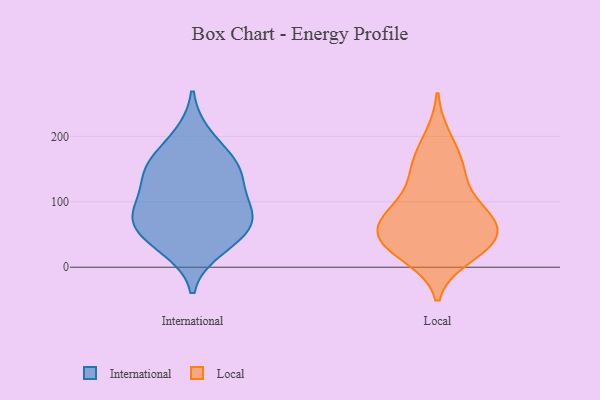
{"axis": {"x": "Customer Acquisition Cost (USD)", "y": "Value"}, "legend": ["International", "Local"], "data": [{"x": "", "y": 156, "type": "International"}, {"x": "", "y": 200, "type": "International"}, {"x": "", "y": 143, "type": "International"}, {"x": "", "y": 78, "type": "International"}, {"x": "", "y": 72, "type": "International"}, {"x": "", "y": 45, "type": "International"}, {"x": "", "y": 136, "type": "International"}, {"x": "", "y": 29, "type": "International"}, {"x": "", "y": 159, "type": "International"}, {"x": "", "y": 92, "type": "International"}, {"x": "", "y": 55, "type": "International"}, {"x": "", "y": 91, "type": "International"}, {"x": "", "y": 54, "type": "Local"}, {"x": "", "y": 61, "type": "Local"}, {"x": "", "y": 17, "type": "Local"}, {"x": "", "y": 143, "type": "Local"}, {"x": "", "y": 198, "type": "Local"}, {"x": "", "y": 47, "type": "Local"}, {"x": "", "y": 144, "type": "Local"}, {"x": "", "y": 35, "type": "Local"}, {"x": "", "y": 83, "type": "Local"}, {"x": "", "y": 164, "type": "Local"}, {"x": "", "y": 95, "type": "Local"}, {"x": "", "y": 81, "type": "Local"}, {"x": "", "y": 27, "type": "Local"}, {"x": "", "y": 33, "type": "Local"}, {"x": "", "y": 73, "type": "Local"}]}